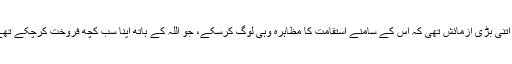
یہ اتنی بڑی آزمائش تھی کہ اس کے سامنے استقامت کا مظاہرہ وہی لوگ کرسکے، جو اللہ کے ہاتھ اپنا سب کچھ فروخت کرچکے تھے۔